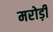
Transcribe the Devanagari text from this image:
मरोड़ी